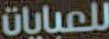
للعبايات